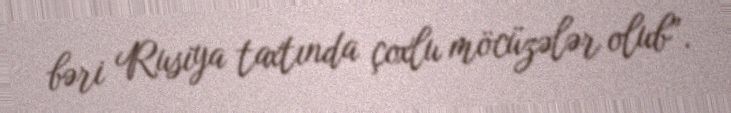
bəri Rusiya taxtında çoxlu möcüzələr olub”.